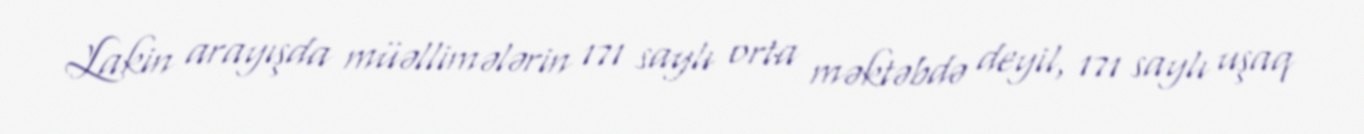
Lakin arayışda müəllimələrin 171 saylı orta məktəbdə deyil, 171 saylı uşaq